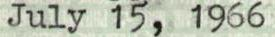
July 15, 1966